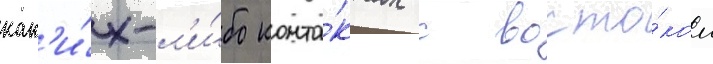
как'и́х-л'и́бо конта́ктах с восто́ком